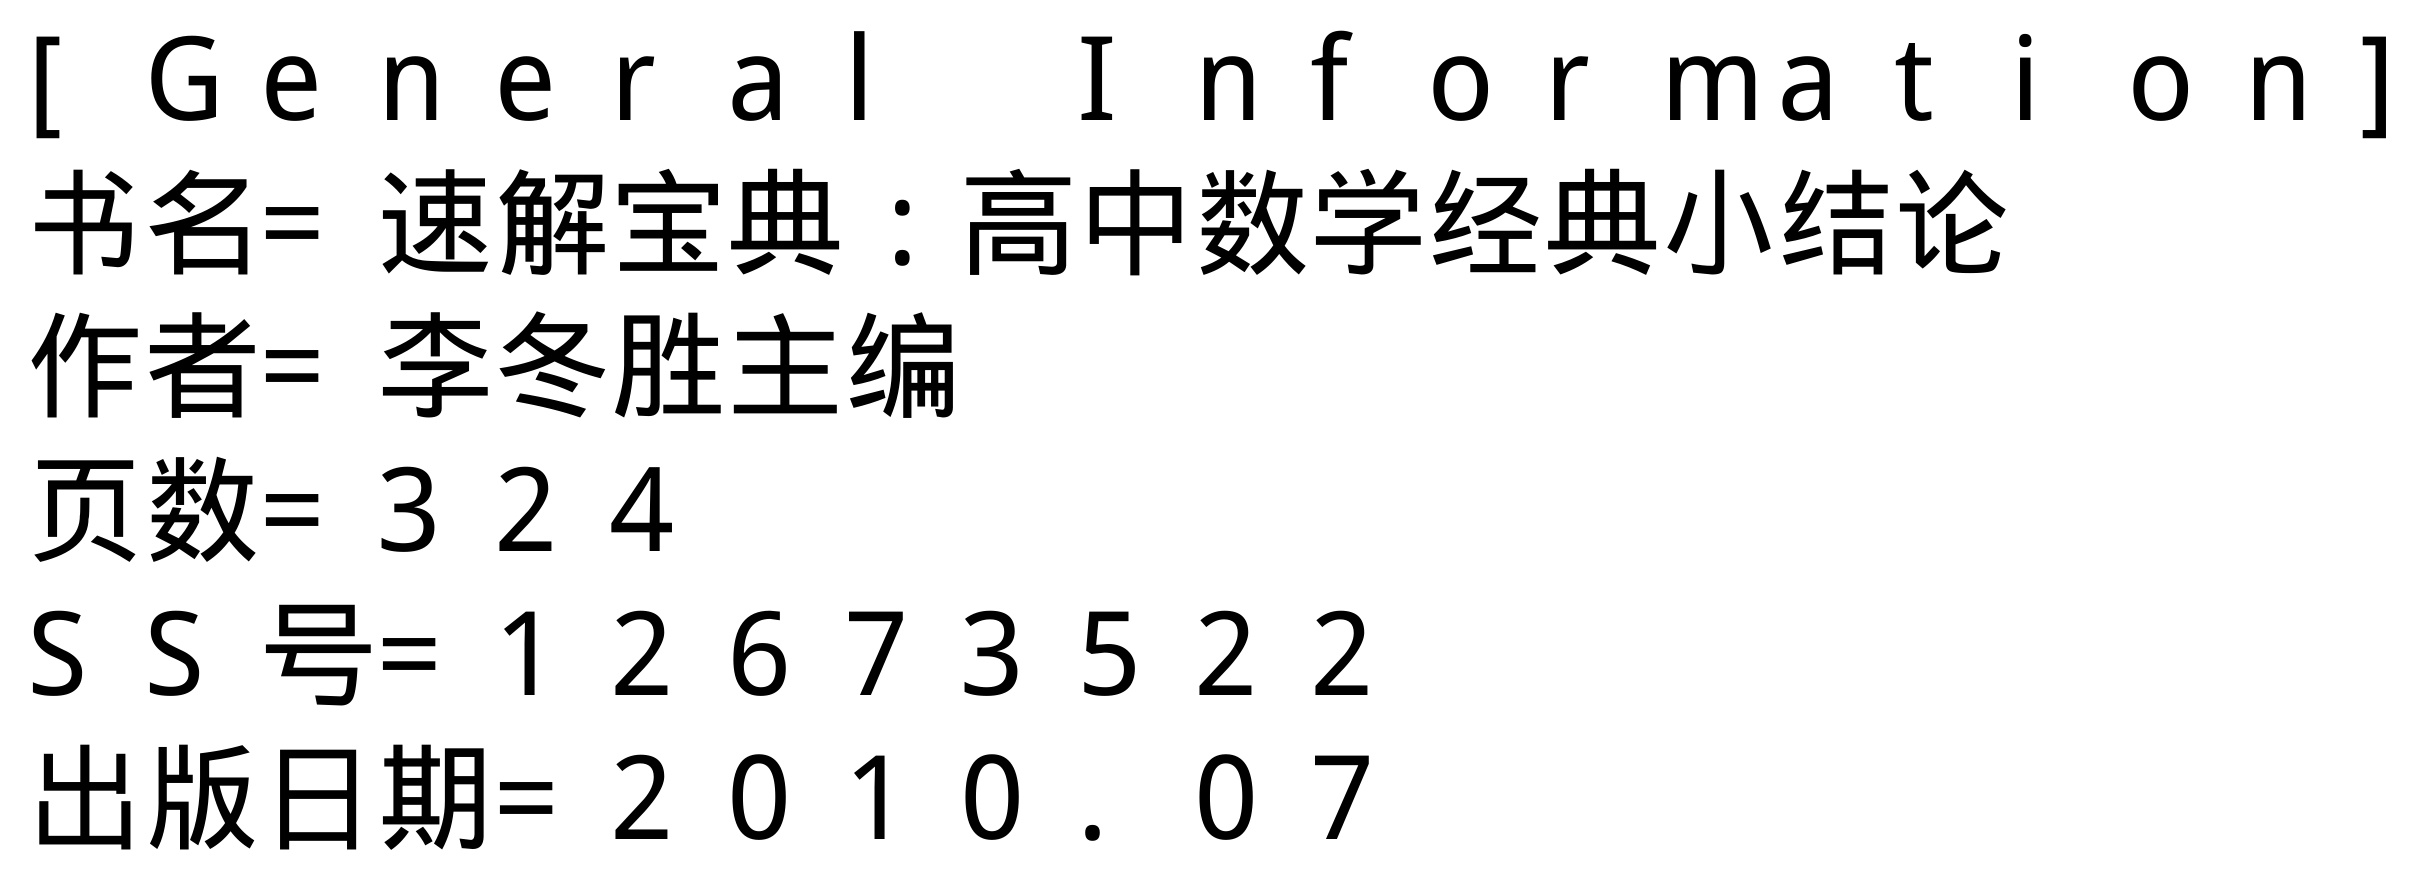
\begin{verbatim}

[ General Information ]

书名= 速解宝典：高中数学经典小结论

作者= 李冬胜主编

页数= 324

SS号= 12673522

出版日期= 2010.07

\end{verbatim}